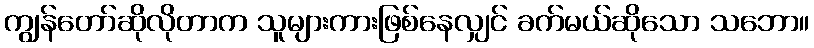
ကျွန်တော်ဆိုလိုတာက သူများကားဖြစ်နေလျှင် ခက်မယ်ဆိုသော သဘော။